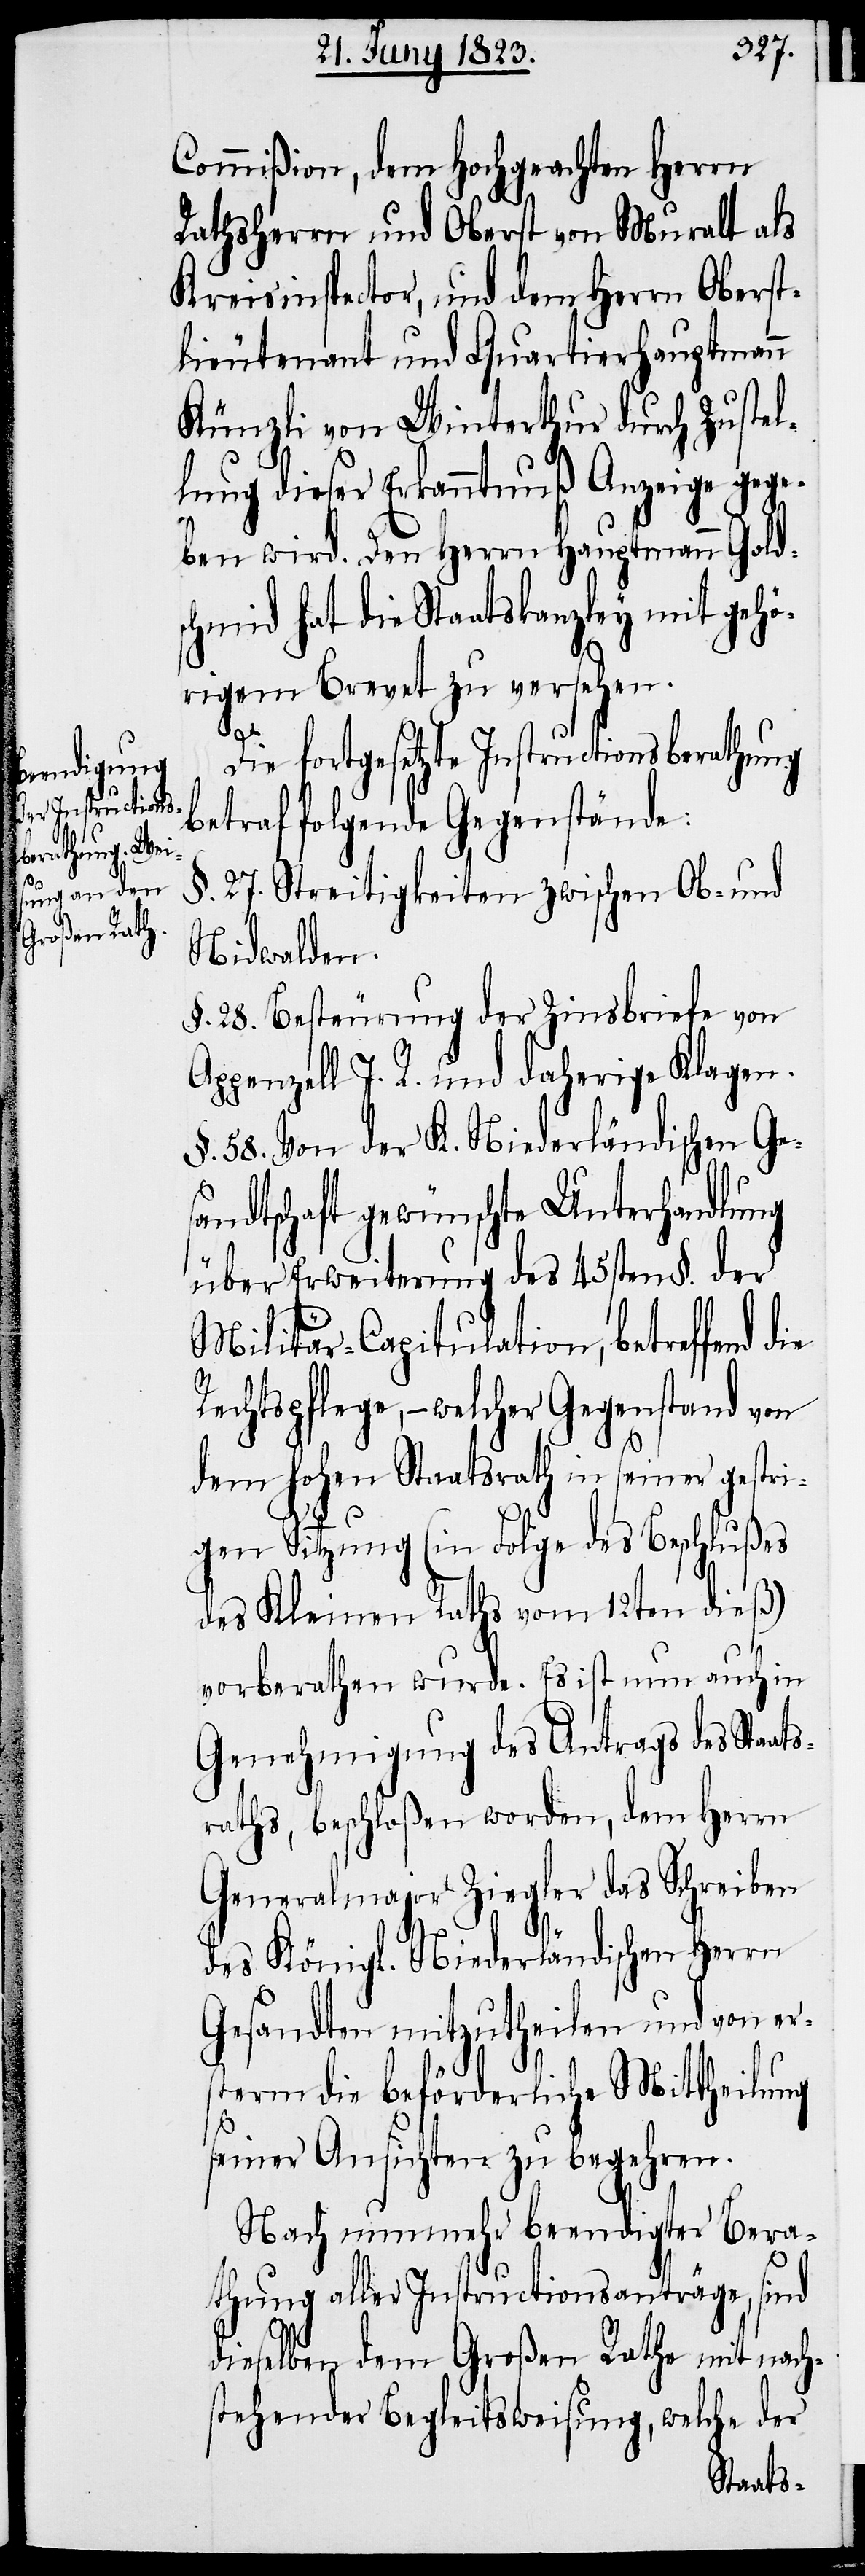
Commißion, dem Hochgeachten Herrn
Rathsherrn und Oberst von Muralt als
Kreisinspector, und dem Herrn Oberst¬
lieutenant und Quartierhauptmann
Künzli von Winterthur durch Zustel¬
lung dieser Erkanntnuß Anzeige gege¬
ben wird. Den Herrn Hauptmann Golds¬
chmid hat die Staatskanzley mit gehö¬
rigem Brevet zu versehen.
Die fortgesetzte Instructionsberathung
betraf folgende Gegenstände:
§. 27. Streitigkeiten zwischen Ob- und
Nidwalden.
§. 28. Besteurung der Zinsbriefe von
Appenzell I. R. und daherige Klagen.
§. 58. Von der K. Niederländischen Ges¬
andtschaft gewünschte Unterhandlung
über Erweiterung des 45sten §. der
Militär-Capitulation, betreffend
Rechtspflege, – welcher Gegenstand von
dem hohen Staatsrath in seiner gestri¬
gen Sitzung (in Folge des Beschlußes
des Kleinen Raths vom 12ten dieß)
vorberathen wurde. Es ist nun auch in
Genehmigung des Antrags des Staats¬
raths, beschloßen worden, dem Herrn
Generalmajor Ziegler das Schreiben
des Königl. Niederländischen Herrn
Gesandten mitzutheilen und von er¬
sterm die beförderliche Mittheilung
seiner Ansichten zu begehren.
Nach nunmehr beendigter Bera¬
thung aller Instructionsanträge, sind
dieselben dem Großen Rathe mit nach¬
stehender Begleitsweisung, welche der